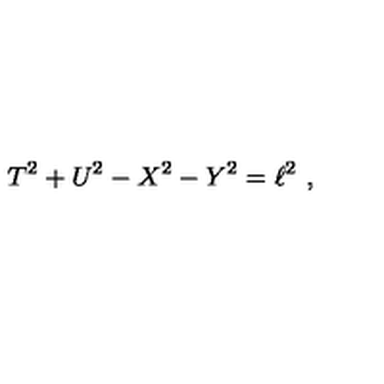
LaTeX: T ^ { 2 } + U ^ { 2 } - X ^ { 2 } - Y ^ { 2 } = \ell ^ { 2 } \ ,